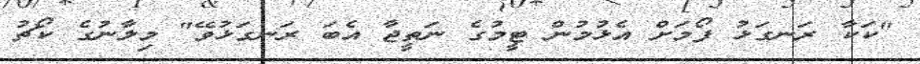
"ކަކާ ރަނގަޅު ފޯމަށް އެޅުމުން ޓީމުގެ ނަތީޖާ އެބަ ރަނގަޅުވޭ" މިލާނުގެ ކޯޗު